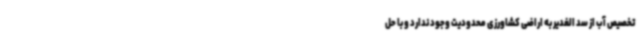
تخصیص آب از سد الغدیر به اراضی کشاورزی محدودیت وجود ندارد و با حل